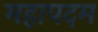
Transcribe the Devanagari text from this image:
महापदम